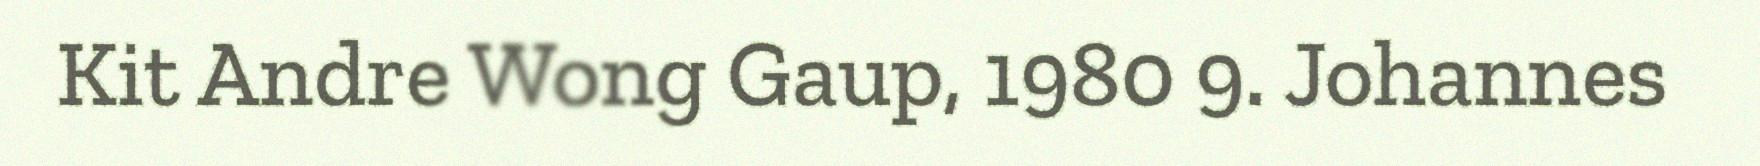
Kit Andre Wong Gaup, 1980 9. Johannes